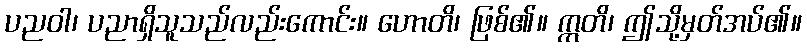
ပညဝါ၊ ပညာရှိသူသည်လည်းကောင်း။ ဟောတိ၊ ဖြစ်၏။ ဣတိ၊ ဤသို့မှတ်အပ်၏။